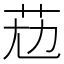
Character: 𦭋